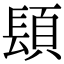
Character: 𨲙